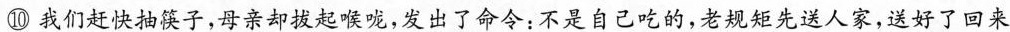
⑩我们赶快抽筷子，母亲却拔起喉咙，发出了命令：不是自己吃的，老规矩先送人家，送好了回来